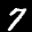
Label: 7